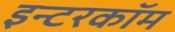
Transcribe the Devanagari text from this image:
इन्टरकॉम